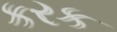
કરક